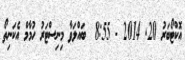
އޮކްޓޯބަރު 20